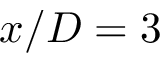
x / D = 3